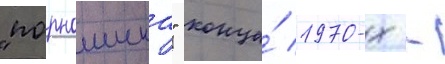
"порношика" конца́ 1970-х -